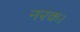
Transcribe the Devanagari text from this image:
नरक।